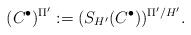
LaTeX: \begin{align*}(C^\bullet)^{\Pi'}:= ( S_{H'}(C^\bullet))^{\Pi'/H'}. \end{align*}